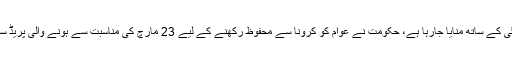
خیال رہےکورونا وائرس کے خطرات کے پیش نظر یوم پاکستان آج انتہائی سادگی کے ساتھ منایا جارہا ہے، حکومت نے عوام کو کرونا سے محفوظ رکھنے کے لیے 23 مارچ کی مناسبت سے ہونے والی پریڈ سمیت ایوانِ صدر ، گورنر ہاؤسز میں ہونے والی تمام تقاریب کو ملتوی کردیا ہے۔